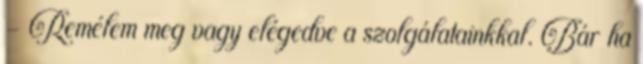
- Remélem meg vagy elégedve a szolgálatainkkal. Bár ha